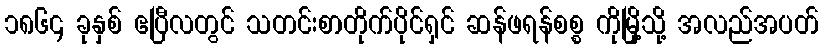
၁၈၆၄ ခုနှစ် ဧပြီလတွင် သတင်းစာတိုက်ပိုင်ရှင် ဆန်ဖရန်စစ္စ ကိုမြို့သို့ အလည်အပတ်